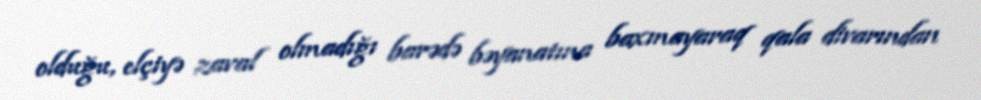
olduğu, elçiyə zaval olmadığı barədə bəyanatına baxmayaraq qala divarından